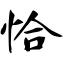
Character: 恰